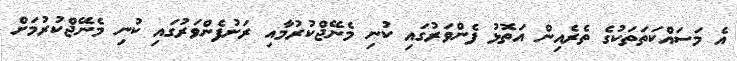
އެ މަސައްކަތަތަކުގެ ތެރެއިން އަތޮޅު ފެންވަރުގައި ކުނި މެނޭޖްކުރުމާއި ރަށުފެންވަރުގައި ކުނި މެނޭޖްކުރުމަށް